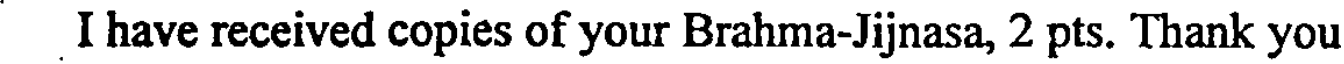
I have received copies of your Brahma-Jijnasa, 2 pts. Thank you